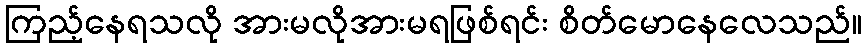
ကြည့်နေရသလို အားမလိုအားမရဖြစ်ရင်း စိတ်မောနေလေသည်။